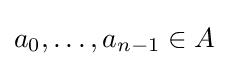
a_{0},\dots ,a_{n-1}\in A